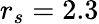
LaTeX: r_{s}=2.3